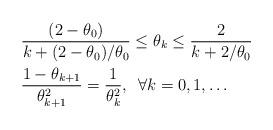
LaTeX: \begin{align*}&\frac{(2-\theta_0)}{k+(2-\theta_0)/\theta_0} \leq \theta_k \leq \frac{2}{k+2/\theta_0}\\&\frac{1-\theta_{k+1}}{\theta_{k+1}^2}=\frac{1}{\theta_k^2},\enspace \forall k=0,1,\dots\end{align*}